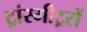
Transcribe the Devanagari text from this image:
ट्रांस्मीट्ररों